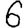
Digit: 6